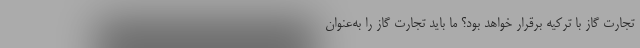
تجارت گاز با ترکیه برقرار خواهد بود؟ ما باید تجارت گاز را به‌عنوان